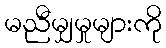
မညီမျှမှုများကို